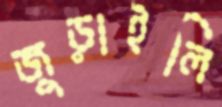
জুড়াইলি